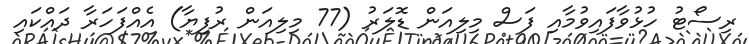
ރިސޯޓު ހުޅުވާފައިވުމާއި ފަސް މިލިއަން ޑޮލަރު (77 މިލިއަން ރުފިޔާ) އެއްފަހަރާ ދައްކައި